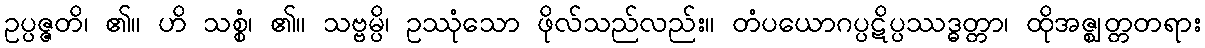
ဥပ္ပဇ္ဇတိ၊ ၏။ ဟိ သစ္စံ၊ ၏။ သဗ္ဗမ္ပိ၊ ဥဿုံသော ဖိုလ်သည်လည်း။ တံပယောဂပ္ပဋိပ္ပဿဒ္ဓတ္တာ၊ ထိုအဇ္ဈတ္တတရား